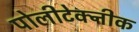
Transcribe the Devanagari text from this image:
पोलीटेक्नीक